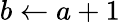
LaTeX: b\gets a+1